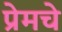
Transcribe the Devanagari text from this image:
प्रेमचे